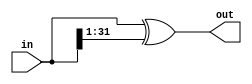
// This program was cloned from: https://github.com/aolofsson/oh
// License: MIT License

//#############################################################################
//# Function: Binary to gray encoder                                          #
//#############################################################################
//# Author:   Andreas Olofsson                                                #
//# License:  MIT (see LICENSE file in OH! repository)                        #
//#############################################################################

module oh_bin2gray
  #(parameter N = 32 // width of data inputs
    )
   (
    input [N-1:0]  in, //binary encoded input
    output [N-1:0] out //gray encoded output
    );

   assign out[N-1:0] =  in[N-1:0] ^ {1'b0, in[N-1:1]};

endmodule // oh_bin2gray